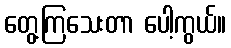
တွေ့ကြသေးတာ ပေါ့ကွယ်။